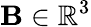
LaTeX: \mathbf{B}\in\mathbb{R}^{3}